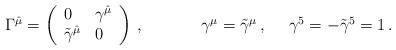
LaTeX: \begin{align*}\begin{array}{ccc}\Gamma^{\hat{\mu}}=\left(\begin{array}{ll}0&\gamma^{\hat{\mu}}\\\tilde{\gamma}^{\hat{\mu}}&0\end{array}\right)\,,~~~~&~~~~\gamma^{\mu}=\tilde{\gamma}^{\mu}\,,~~~~\gamma^{5}=-\tilde{\gamma}^{5}=1\,.\end{array}\end{align*}